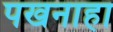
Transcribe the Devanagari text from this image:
पखनाहा